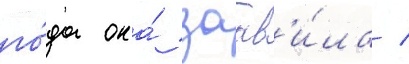
го́да она́ заав'и́ла /